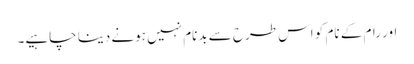
اور رام کے نام کو اس طرح سے بدنام نہیں ہونے دینا چاہیے۔